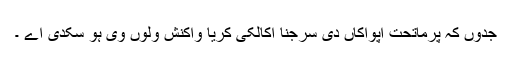
جدوں کہ پرماتحت اپواکاں دی سرجنا اکالکی کریا واکنش ولوں وی ہو سکدی اے ۔